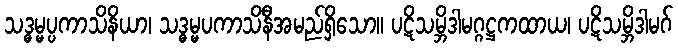
သဒ္ဓမ္မပ္ပကာသိနိယာ၊ သဒ္ဓမ္မပကာသိနီအမည်ရှိသော။ ပဋိသမ္ဘိဒါမဂ္ဂဋ္ဌကထာယ၊ ပဋိသမ္ဘိဒါမဂ်